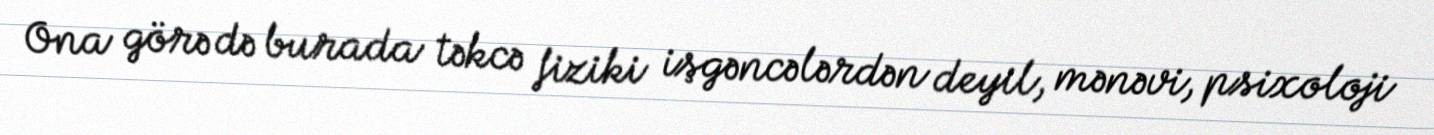
Ona görə də burada təkcə fiziki işgəncələrdən deyil, mənəvi, psixoloji